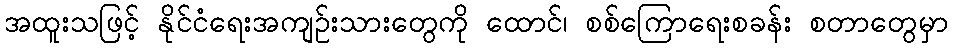
အထူးသဖြင့် နိုင်ငံရေးအကျဉ်းသားတွေကို ထောင်၊ စစ်ကြောရေးစခန်း စတာတွေမှာ